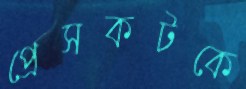
প্রেসকটকে